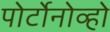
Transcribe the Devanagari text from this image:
पोर्टोनोव्हो